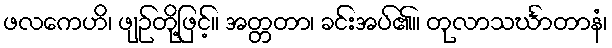
ဖလကေဟိ၊ ဖျဉ်တို့ဖြင့်။ အတ္တတာ၊ ခင်းအပ်၏။ တုလာသင်္ဃာတာနံ၊